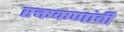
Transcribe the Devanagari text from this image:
रक्तकणांची